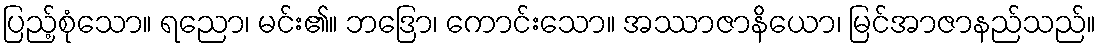
ပြည့်စုံသော။ ရညော၊ မင်း၏။ ဘဒြော၊ ကောင်းသော။ အဿာဇာနိယော၊ မြင်အာဇာနည်သည်။